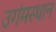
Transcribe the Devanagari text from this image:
उगंमस्थान